Rakvere_kinnistusamet, lk 7
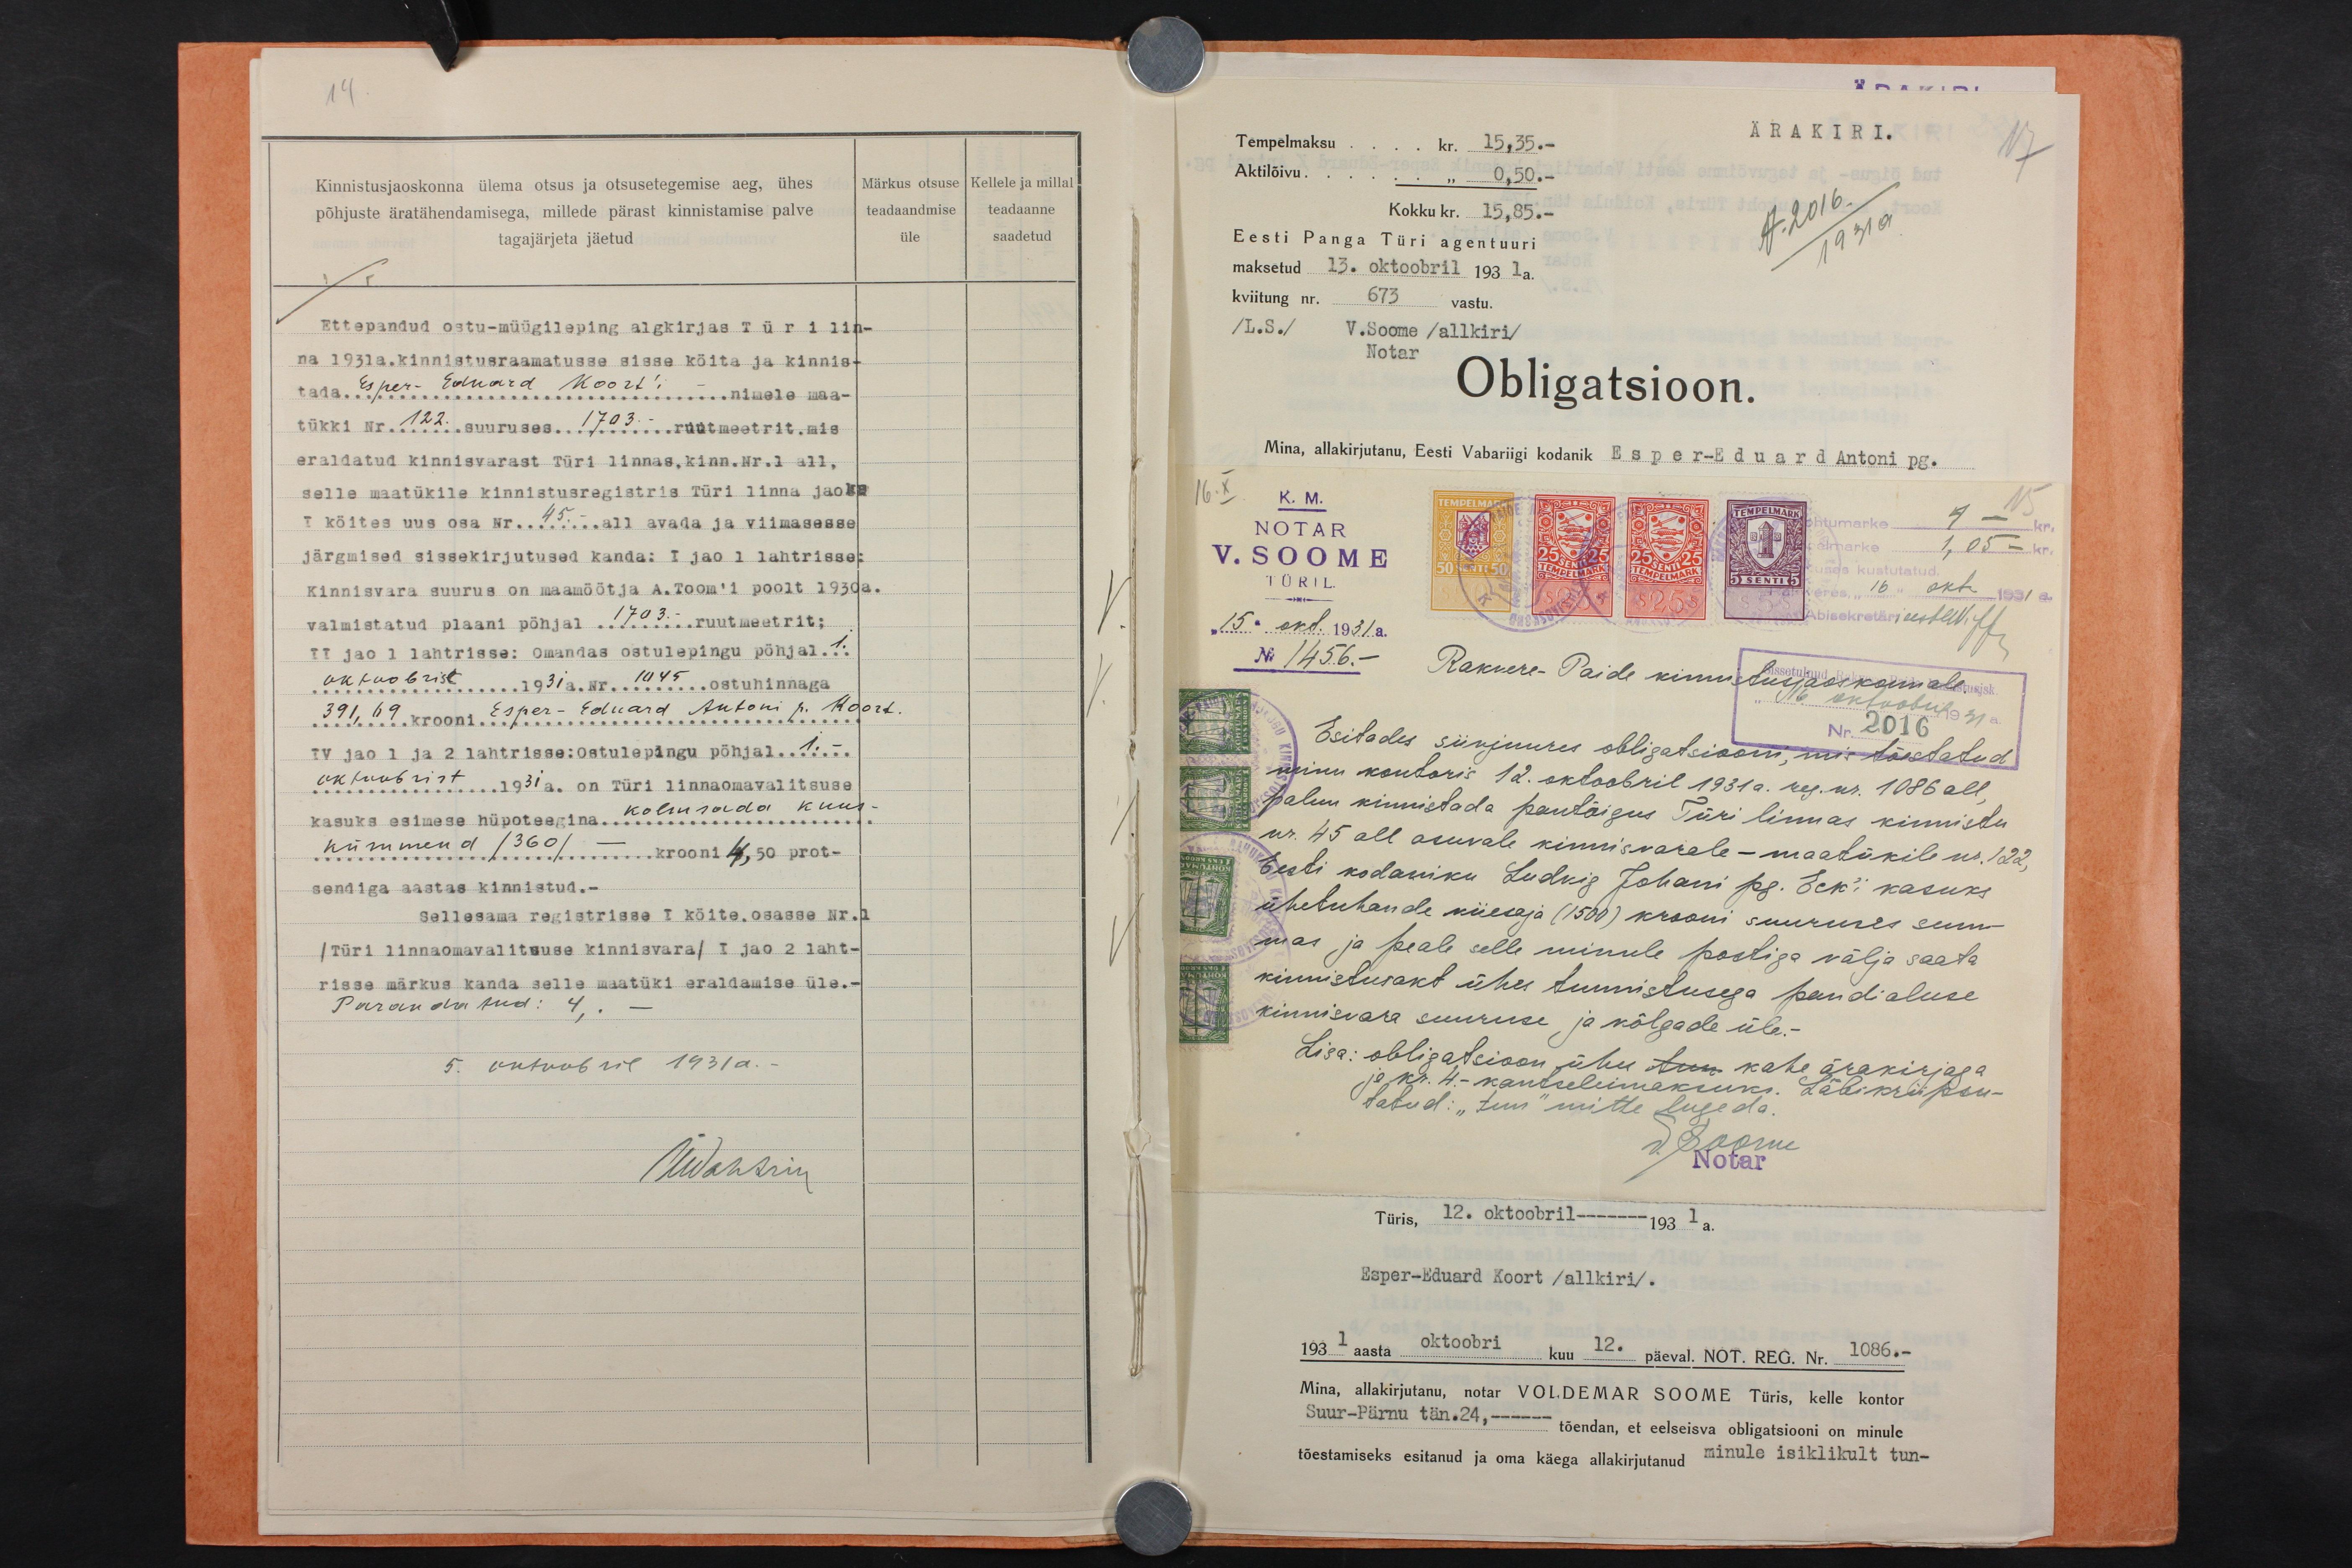
14
Kinnistusjaoskonna ülema otsus ja otsusetegemise aeg, ühes
põhjuste äratähendamisega, millede pärast kinnistamise palve
tagajärjeta jäetud
Märkus otsuse
teadaandmise
üle
Kellele ja millal
teadaanne
saadetud
Ettepandud ostu-müügileping algkirjas Türi lin-
na 1931a.kinnistusraamatusse sisse köita ja kinnis-
tada. Eper Eduard Koorti nimele maa-
tükki Nr. 122 suuruses 1703 ruutmeetrit.mis
eraldatud kinnisvarast Türi linnas, kinn. Nr.1 all,
selle maatükile kinnistusregistris Türi linna jaoks
I köites uus osa Nr. 45 all avada ja viimasesse
järgmised sissekirjutused kanda: I ja 1 lahtrisse:
Kinnisvara suurus on maamöötja A.Toom'i poolt 1930a.
valmistatud plaani pöhjal 1703 ruutmeetrit;
II jao 1 lahtrisse: Omandas ostulepingu pöhjal 1.
oktoobrist 1931a. Nr. 1045 ostuhinnaga
391,69 krooni Ester-Eduard Antoni p. Koort
IV jaol 1ja 2 lahtrisse: Ostulepingu põhjal 1.
Oktoobrist 1931a. on Türi linnaomavalitsuse
kasuks esimese hüpoteegina kolmsada kuus
kümmend /360/ - krooni 4,50 prot-
sendiga aastas kinnistud. -
Sellesama registrisse 1 köite, osasse Nr.1
/Türi linnaomavalitsuse kinnisvara/ I jao 2 laht-
risse märkus kanda selle maatüki eraldamise üle.-
Parandatud: 4,. -
5. oktoobril 1931a.-
Alldahtsin

Tempelmaksu kr. 15,35.-
ÄRAKIRI.
17
Aktilõivu "0,50.-
Kokku kr. 15,85.-
Eesti Panga Türi agentuuri
maksetud 13. oktoobril 1931 a.
kviitung nr. 673 vastu.
/L.S./ V.Soome /allkiri/
Notar
Obligatsioon.
Mina, allakirjutanu, Eesti Vabariigi kodanik Esper-Eduard Antoni pg.
K. M.
NOTAR
V.SOOME
TÜRIL.
"15" okt. 1931 a.
No 1456.-
Rakvere-Paide kinnitusjaoskonnale.
Esitades siinjuures obligatsiooni, mis tõestatud
minu kontoris 12. oktoobril 1931 a. reg. nr. 1086 all,
palun kinnistada pantõigus Türi linnas kinnistu
nr. 45 all asuvale kinnisvarale - maatükile nr. 122,
Eesti kodaniku Ludvig Johani pg. Erk`i kasuks
ühetuhande viiesaja (1500) krooni suuruses sum-
mas ja peale selle minule postiga välja saata.
kinnistusakt ühes tunnistusega pandialuse
kinnisvara suuruse ja võlgade üle.-
Lisa: obligatsioon ühes tuu kahe ärakirjaga
ja kr. 4. - kantseleimaksuks. Läbikriipsu-
tabud: "tuu" mitte lugeda.
V. Soome
Notar

Türis, 12. oktoobril -------1931 a.
Esper-Eduard Koort /allkiri/.
1931 aasta oktoobri kuu 12. päeval. NOT. REG. Nr. 1086.-
Mina, allakirjutanu, notar VOLDEMAR SOOME, Türis, kelle kontor
Suur-Pärnu tän.24, ------ tõendan, et eelseisva obligatsiooni on minule
tõestamiseks esitanud ja oma käega allakirjutanud minule isiklikult tun-